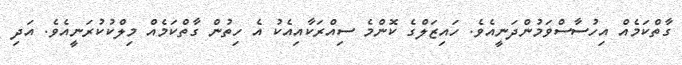
ގާތްކަމެއް އިހުސާސްވަމުންދަނީއެވެ. ހައިޒަލްގެ ކޮންމެ ސިއްރަކާއިއެކު އެ ހިތުން ގާތްކަމެއް މިލްކުކުރަނީއެވެ. އަދި